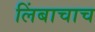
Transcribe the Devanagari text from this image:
लिंबाचाच